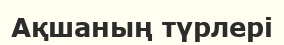
Ақшаның түрлері